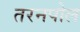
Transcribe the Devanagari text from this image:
तरनपोल